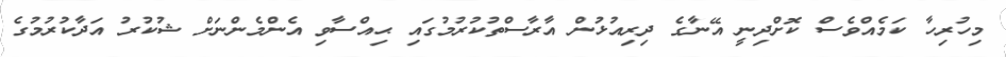
މިހުރިހާ ކަމެއްވެސް ކޮށްދިނީ އޭނާގެ ދިރިއުޅުން އާރާސްތުކުރުމުގައި ޙިއްސާވި އެންމެންނަށް ޝުކުރު އަދާކުރުމުގެ